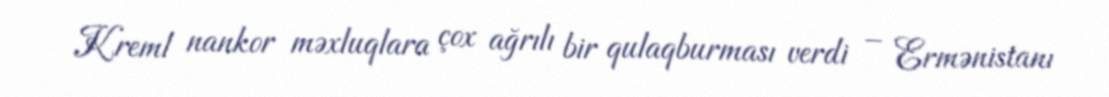
Kreml nankor məxluqlara çox ağrılı bir qulaqburması verdi – Ermənistanı